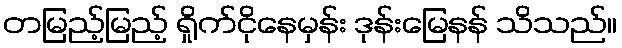
တမြည့်မြည့် ရှိုက်ငိုနေမှန်း ဒုန်းမြေနန် သိသည်။